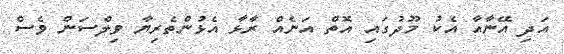
އަދި އޭނާއާ އެކު މޫދުގައި އޮތް އަނެއް ރާޅާ އެޅުންތެރިޔާ ވިލްސަން ވެސް